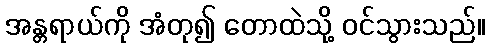
အန္တရာယ်ကို အံတု၍ တောထဲသို့ ဝင်သွားသည်။